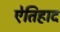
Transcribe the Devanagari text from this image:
ऐतिहाद